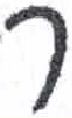
אות: ר